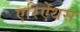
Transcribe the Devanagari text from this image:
एरिऐंथस